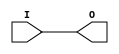
module uut_localparam_attr (I, O);

(* LOCALPARAM_ATTRIBUTE = "attribute_content" *)
localparam WIDTH = 1;

input  wire [WIDTH-1:0] I;
output wire [WIDTH-1:0] O;

assign O = I;

endmodule